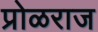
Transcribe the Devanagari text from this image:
प्रोळराज